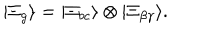
| \Xi _ { g } \rangle = | \Xi _ { b c } \rangle \otimes | \Xi _ { \beta \gamma } \rangle .